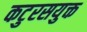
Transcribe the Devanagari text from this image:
कटुरसयुक्त